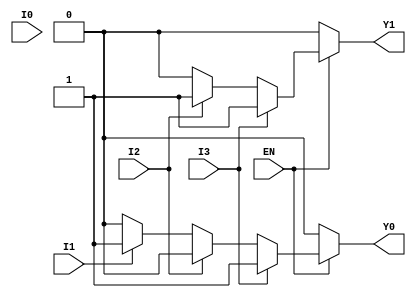
module encoder_4to2 (
    input wire I0,   // Input 0
    input wire I1,   // Input 1
    input wire I2,   // Input 2
    input wire I3,   // Input 3
    input wire EN,   // Enable signal
    output reg Y0,   // Output 0
    output reg Y1    // Output 1
);

always @(*) begin
    if (!EN) begin
        // If not enabled, set outputs to a defined state (00)
        Y0 = 1'b0;
        Y1 = 1'b0;
    end else begin
        // Priority encoding logic
        case (1'b1)
            I3: begin
                Y0 = 1'b1;
                Y1 = 1'b1;
            end
            I2: begin
                Y0 = 1'b0;
                Y1 = 1'b1;
            end
            I1: begin
                Y0 = 1'b1;
                Y1 = 1'b0;
            end
            I0: begin
                Y0 = 1'b0;
                Y1 = 1'b0;
            end
            default: begin
                // If no inputs are active, set to 00
                Y0 = 1'b0;
                Y1 = 1'b0;
            end
        endcase
    end
end

endmodule